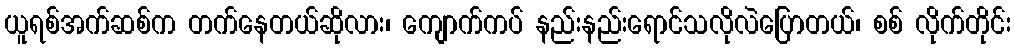
ယူရစ်အက်ဆစ်က တက်နေတယ်ဆိုလား၊ ကျောက်ကပ် နည်းနည်းရောင်သလိုလဲပြောတယ်၊ စစ် လိုက်တိုင်း